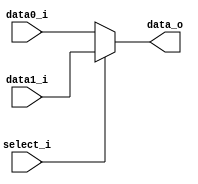
module Mux2to1( data0_i, data1_i, select_i, data_o );

parameter size = 0;			   
			
//I/O ports               
input wire	[size-1:0] data0_i;          
input wire	[size-1:0] data1_i;
input wire	select_i;
output wire	[size-1:0] data_o; 

//Main function
/*your code here*/
  assign data_o = (select_i) ? data1_i : data0_i;

endmodule